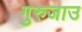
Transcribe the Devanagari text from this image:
गुरुजाउ